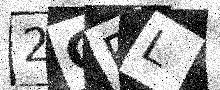
Text: 2CPL